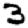
Digit: 3